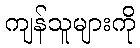
ကျန်သူများကို